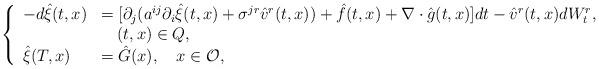
LaTeX: \begin{align*}\left\{\begin{array}{ll}-d\hat{\xi}(t,x)&=[\partial _j(a^{ij}\partial _i\hat{\xi}(t,x)+\sigma ^{jr}\hat{v}^r(t,x))+\hat{f}(t,x)+\nabla \cdot \hat{g}(t,x)]dt-\hat{v}^r(t,x)dW^r_t,\\&~~~(t,x)\in Q,\\\hat{\xi}(T,x)&=\hat{G}(x),~~~x\in \mathcal{O},\end{array}\right.\end{align*}